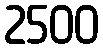
2500